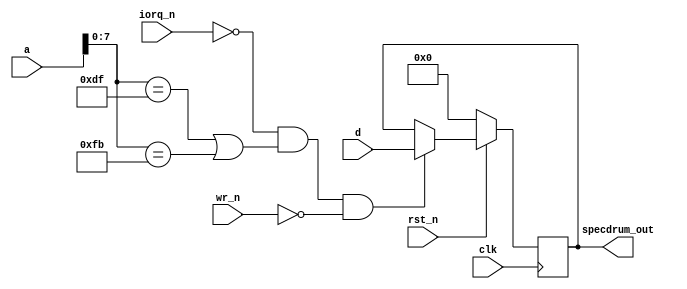
`timescale 1ns / 1ps
`default_nettype none

//    This file is part of the ZXUNO Spectrum core. 
//    Creation date is 23:58:32 2017-02-03 by Miguel Angel Rodriguez Jodar
//    (c)2014-2020 ZXUNO association.
//    ZXUNO official repository: http://svn.zxuno.com/svn/zxuno
//    Username: guest   Password: zxuno
//    Github repository for this core: https://github.com/mcleod-ideafix/zxuno_spectrum_core
//
//    ZXUNO Spectrum core is free software: you can redistribute it and/or modify
//    it under the terms of the GNU General Public License as published by
//    the Free Software Foundation, either version 3 of the License, or
//    (at your option) any later version.
//
//    ZXUNO Spectrum core is distributed in the hope that it will be useful,
//    but WITHOUT ANY WARRANTY; without even the implied warranty of
//    MERCHANTABILITY or FITNESS FOR A PARTICULAR PURPOSE.  See the
//    GNU General Public License for more details.
//
//    You should have received a copy of the GNU General Public License
//    along with the ZXUNO Spectrum core.  If not, see <https://www.gnu.org/licenses/>.
//
//    Any distributed copy of this file must keep this notice intact.

module specdrum (
   input wire clk,
   input wire rst_n,
   input wire [15:0] a,
   input wire iorq_n,
   input wire wr_n,
   input wire [7:0] d,
   output reg [7:0] specdrum_out
   );

   always @(posedge clk) begin
      if (rst_n == 1'b0)
        specdrum_out <= 8'h00;
      else if (iorq_n == 1'b0 && (a[7:0] == 8'hDF || a[7:0] == 8'hFB) && wr_n == 1'b0)
        specdrum_out <= d;
   end
endmodule